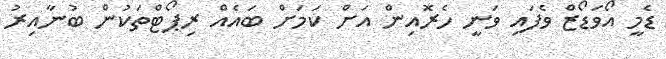
ޑެމީ އޯވަޑޯޒް ވެފައި ވަނީ ހެރޮއިން އަށް ކަމަށް ބައެއް ރިޕޯޓްތަކުން ބުނާއިރު